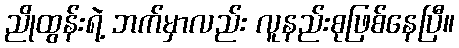
ညိုထွန်းရဲ့ ဘက်မှာလည်း လူနည်းစုဖြစ်နေပြီ။